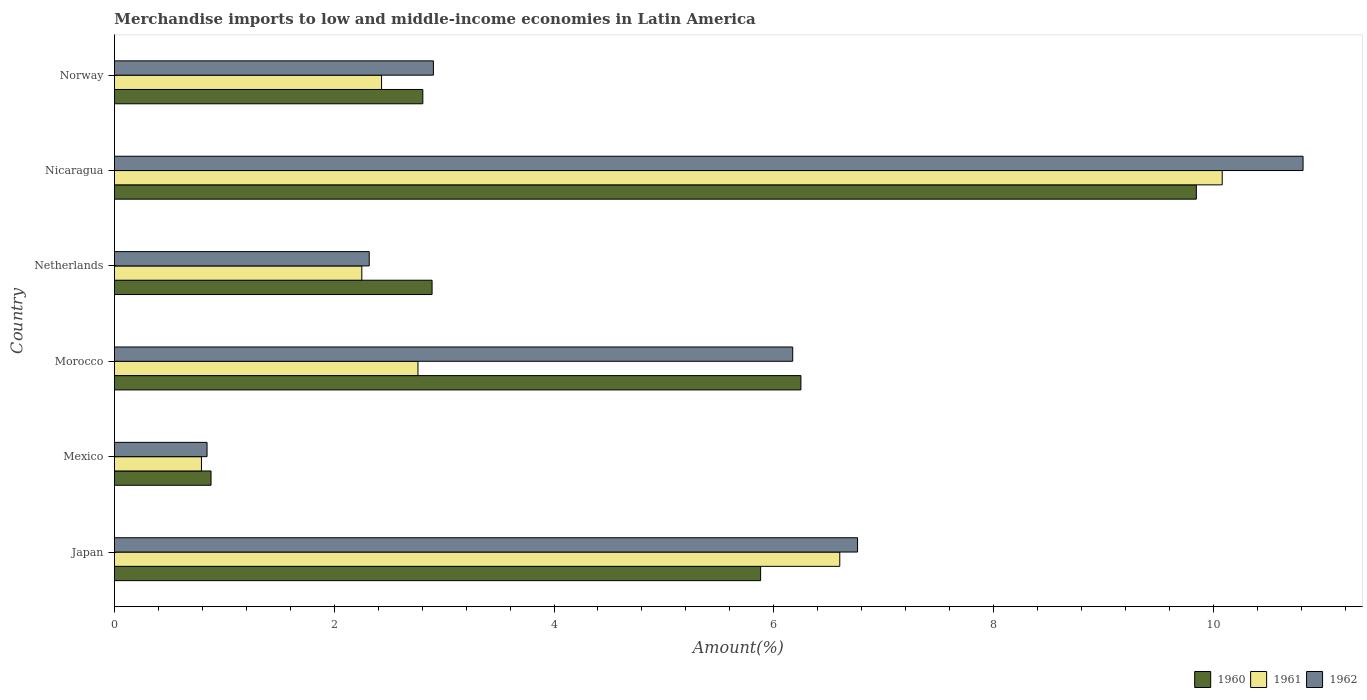
| Country | 1960 | 1961 | 1962 |
 | --- | --- | --- | --- |
 | Japan | 5.88 | 6.6 | 6.76 |
 | Mexico | 0.879 | 0.792 | 0.843 |
 | Morocco | 6.25 | 2.76 | 6.17 |
 | Netherlands | 2.89 | 2.25 | 2.32 |
 | Nicaragua | 9.85 | 10.1 | 10.8 |
 | Norway | 2.81 | 2.43 | 2.9 |